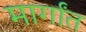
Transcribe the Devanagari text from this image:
मार्गांत